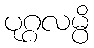
ပုဂ္ဂလမ္ပိ